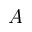
A